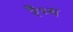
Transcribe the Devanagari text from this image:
रैभ्य